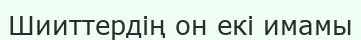
Шииттердің он екі имамы